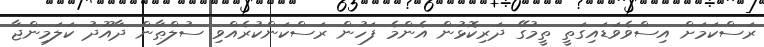
ރަސްކަމަށް އިސްވެވަޑައިގަތީ ތީމުގޭ ދަރިކޮޅުން އެންމެ ފަހުން ރަސްކަންކުރެއްވި ސުލްޠާން ދާއޫދު ކަލަމިންޖާ